Indian Civil Veterinary Department memoirs
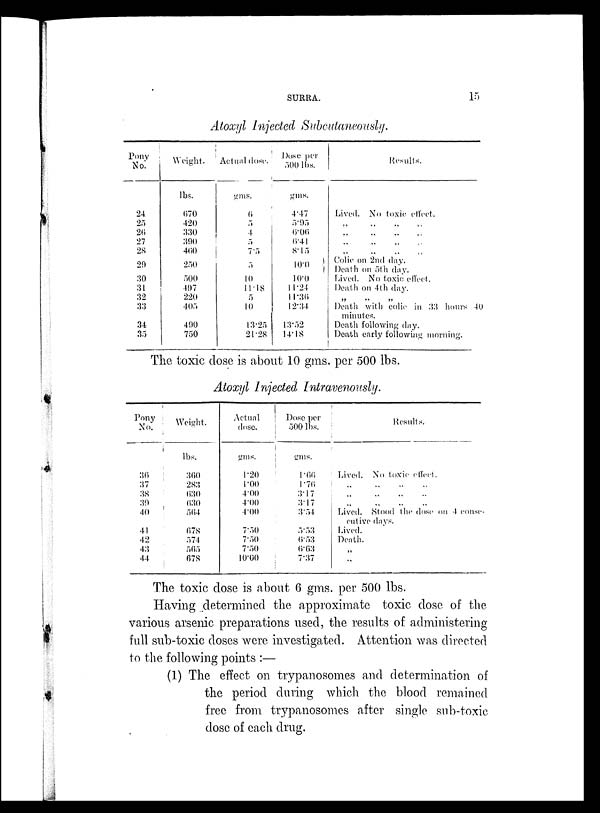
SURRA.
15
Atoxyl Injected Subcutaneously.
Pony
No.
24.
25
26
27
28
29
30
31
32
33
34
35
Weight.
lbs.
670
420
330
390
460
250
500
497
220
405
490
750
Actual dose.
gms.
6
5
4
5
7.5
5
10
11.18
5
10
13.25
21.28
Dose per
500 lbs.
gms.
4.47
5.95
6.06
6.41
8.15
10.0
10.0
11.24
11.36
12.34
13.52
14.18
Results.
Lived. No toxic effect.
„ „ „ „
„ „ „ „
Colic on 2nd day.
Death on 5th day.
Lived. No toxic effect.
Death on 4th day.
„ „ „ „
Death with colic in 33 hours 40
minutes.
Death following day.
Death early following morning.
The toxic dose is about 10 gms. per 500 lbs.
Atoxyl Injected Intravenously.
Pony
No.
36
37
38
39
40
41
42
43
44
Weight.
lbs.
360
283
630
630
564
678
574
565
678
Actual
dose.
gms.
1.20
1.00
4.00
4.00
4.00
7.50
7.50
7.50
10.00
Dose per
500 lbs.
gms.
1.66
1.76
3.17
3.17
3.54
5.53
6.53
6.63
7.37
Results.
Lived. No toxic effect.
„
„
„
Lived. Stood the dose on 4 conse
cutive days.
Lived.
Death.
„
„
The toxic dose is about 6 gms. per 500 lbs.
Having determined the approximate toxic dose of the
various arsenic preparations used, the results of administering
full sub-toxic doses were investigated. Attention was directed
to the following points:—
(1) The effect on trypanosomes and determination of
the period during which the blood remained
free from trypanosomes after single sub-toxic
dose of each drug.